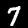
Label: 7